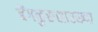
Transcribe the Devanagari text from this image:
बेंगळुरूसारख्या